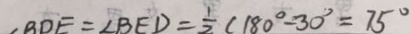
\angle B D E = \angle B E D = \frac { 1 } { 2 } ( 1 8 0 ^ { \circ } - 3 0 ^ { \circ } = 7 5 ^ { \circ }